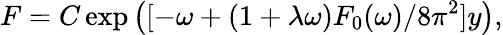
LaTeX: F=C\exp\left({[-\omega+(1+\lambda\omega)F_{0}(\omega)/8\pi^{2}]y}\right),